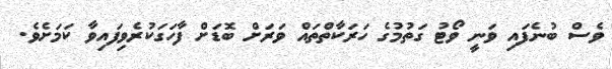
ވެސް ބުނެފައި ވަނީ ވޯޓު ގަތުމުގެ ހަރަކާތްތައް ވަރަށް ބޮޑަށް ފާހަގަކުރެވިފައިވާ ކަމަށެވެ.